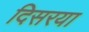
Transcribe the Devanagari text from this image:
दिसरया